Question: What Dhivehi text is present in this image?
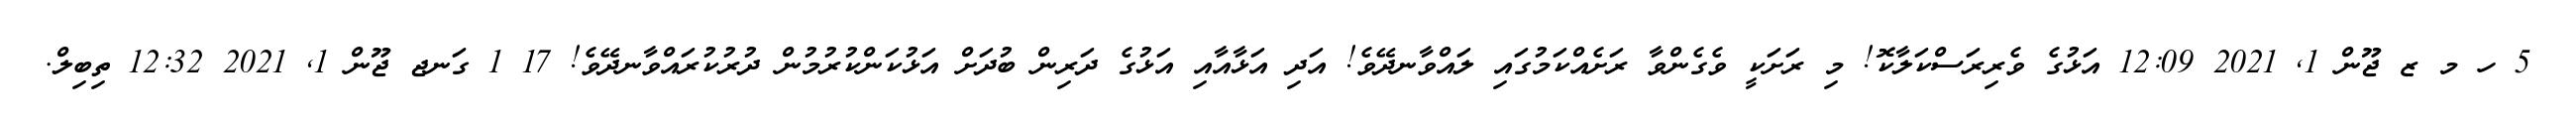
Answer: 5 ހ މ ޒ ޖޫން 1, 2021 12:09 އަޅުގެ ވެރިރަސްކަލާކޮ! މި ރަށަކީ ވެގެންވާ ރަށެއްކަމުގައި ލައްވާނދޭވެ! އަދި އަޅާއާއި އަޅުގެ ދަރިން ބުދަށް އަޅުކަންކުރުމުން ދުރުކުރައްވާނދޭވެ! 17 1 ގަނޖ ޖޫން 1, 2021 12:32 ތިބިލް.